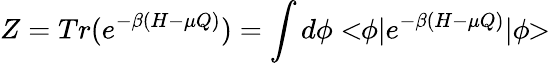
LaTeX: Z=Tr(e^{-\beta(H-\mu Q)})=\int d\phi<\! \! \phi|e^{-\beta(H-\mu Q)}|\phi\! \! >